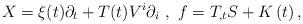
LaTeX: \begin{align*}X=\xi(t)\partial_{t}+T(t)V^{i}\partial_{i}~,~f=T_{,t}S+K\left( t\right) ,\end{align*}